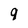
Character: 9